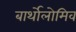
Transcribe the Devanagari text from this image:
बार्थोलोमिव